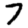
Digit: 7